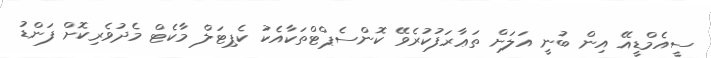
ސީއެމްޑީއޭ އިން ބުނީ އަލަށް ތަޢާރަފުކުރެވޭ ކޮންސެޕްޓްތަކާއެކު ކެޕިޓަލް މާކެޓް މެދުވެރިކޮށް ފަންޑު